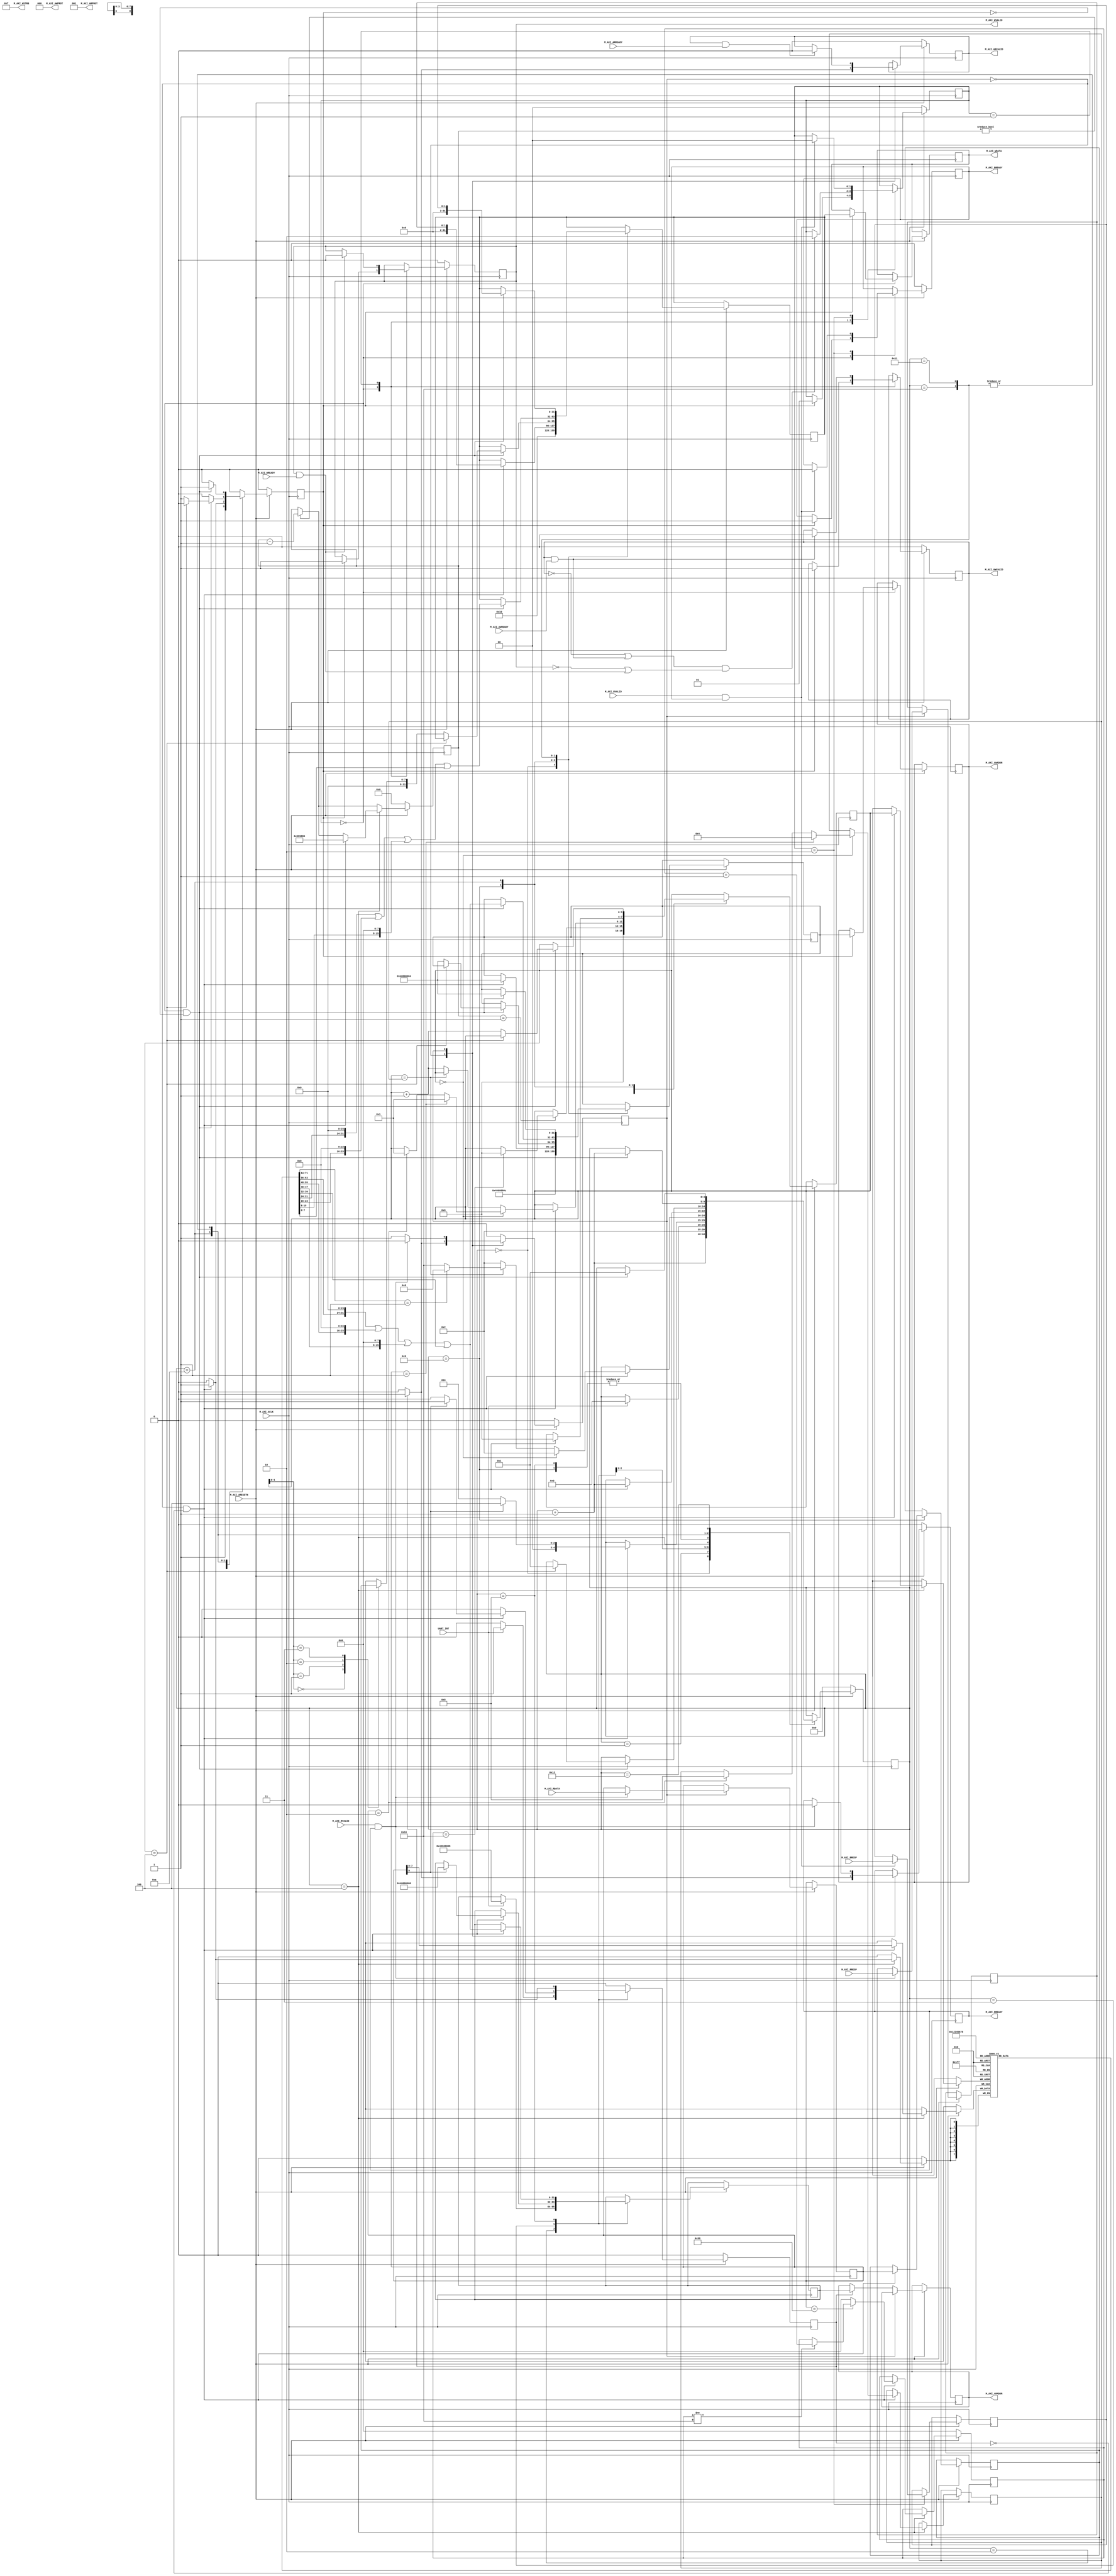
`timescale 1ns / 1ps
//====================================================================================
//                        ------->  Revision History  <------
//====================================================================================
//
//   Date     Who   Ver  Changes
//====================================================================================
// 10-May-22  DWW  1000  Initial creation
//====================================================================================


module uart_axi_if#
(
    parameter integer AXI_DATA_WIDTH = 32,
    parameter integer AXI_ADDR_WIDTH = 32,
    parameter integer UART_BASE      = 32'h4060_0000,
    parameter integer CLOCK_FREQ     = 100000000
)
(
    input wire UART_INT,

    //================ From here down is the AXI4-Lite interface ===============
    input wire  M_AXI_ACLK,
    input wire  M_AXI_ARESETN,
        
    // "Specify write address"              -- Master --    -- Slave --
    output wire [AXI_ADDR_WIDTH-1 : 0]      M_AXI_AWADDR,   
    output wire                             M_AXI_AWVALID,  
    input  wire                                             M_AXI_AWREADY,
    output wire  [2 : 0]                    M_AXI_AWPROT,

    // "Write Data"                         -- Master --    -- Slave --
    output wire [AXI_DATA_WIDTH-1 : 0]      M_AXI_WDATA,      
    output wire                             M_AXI_WVALID,
    output wire [(AXI_DATA_WIDTH/8)-1:0]    M_AXI_WSTRB,
    input  wire                                             M_AXI_WREADY,

    // "Send Write Response"                -- Master --    -- Slave --
    input  wire [1 : 0]                                     M_AXI_BRESP,
    input  wire                                             M_AXI_BVALID,
    output wire                             M_AXI_BREADY,

    // "Specify read address"               -- Master --    -- Slave --
    output wire [AXI_ADDR_WIDTH-1 : 0]      M_AXI_ARADDR,     
    output wire                             M_AXI_ARVALID,
    output wire [2 : 0]                     M_AXI_ARPROT,     
    input  wire                                             M_AXI_ARREADY,

    // "Read data back to master"           -- Master --    -- Slave --
    input  wire [AXI_DATA_WIDTH-1 : 0]                      M_AXI_RDATA,
    input  wire                                             M_AXI_RVALID,
    input  wire [1 : 0]                                     M_AXI_RRESP,
    output wire                             M_AXI_RREADY
    //==========================================================================

);

    localparam AXI_DATA_BYTES = (AXI_DATA_WIDTH/8);

    // Define the handshakes for all 5 AXI channels
    wire B_HANDSHAKE  = M_AXI_BVALID  & M_AXI_BREADY;
    wire R_HANDSHAKE  = M_AXI_RVALID  & M_AXI_RREADY;
    wire W_HANDSHAKE  = M_AXI_WVALID  & M_AXI_WREADY;
    wire AR_HANDSHAKE = M_AXI_ARVALID & M_AXI_ARREADY;
    wire AW_HANDSHAKE = M_AXI_AWVALID & M_AXI_AWREADY;

    //=========================================================================================================
    // FSM logic used for writing to the slave device.
    //
    //  To start:   amci_waddr = Address to write to
    //              amci_wdata = Data to write at that address
    //              amci_write = Pulsed high for one cycle
    //
    //  At end:     Write is complete when "amci_widle" goes high
    //              amci_wresp = AXI_BRESP "write response" signal from slave
    //=========================================================================================================
    reg[1:0]                    write_state = 0;

    // FSM user interface inputs
    reg[AXI_ADDR_WIDTH-1:0]     amci_waddr;
    reg[AXI_DATA_WIDTH-1:0]     amci_wdata;
    reg                         amci_write;

    // FSM user interface outputs
    wire                        amci_widle = (write_state == 0 && amci_write == 0);     
    reg[1:0]                    amci_wresp;

    // AXI registers and outputs
    reg[AXI_ADDR_WIDTH-1:0]     m_axi_awaddr;
    reg[AXI_DATA_WIDTH-1:0]     m_axi_wdata;
    reg                         m_axi_awvalid = 0;
    reg                         m_axi_wvalid = 0;
    reg                         m_axi_bready = 0;

    // Wire up the AXI interface outputs
    assign M_AXI_AWADDR  = m_axi_awaddr;
    assign M_AXI_WDATA   = m_axi_wdata;
    assign M_AXI_AWVALID = m_axi_awvalid;
    assign M_AXI_WVALID  = m_axi_wvalid;
    assign M_AXI_AWPROT  = 3'b000;
    assign M_AXI_WSTRB   = (1 << AXI_DATA_BYTES) - 1; // usually 4'b1111
    assign M_AXI_BREADY  = m_axi_bready;
    //=========================================================================================================
     
    always @(posedge M_AXI_ACLK) begin

        // If we're in RESET mode...
        if (M_AXI_ARESETN == 0) begin
            write_state   <= 0;
            m_axi_awvalid <= 0;
            m_axi_wvalid  <= 0;
            m_axi_bready  <= 0;
        end        
        
        // Otherwise, we're not in RESET and our state machine is running
        else case (write_state)
            
            // Here we're idle, waiting for someone to raise the 'amci_write' flag.  Once that happens,
            // we'll place the user specified address and data onto the AXI bus, along with the flags that
            // indicate that the address and data values are valid
            0:  if (amci_write) begin
                    m_axi_awaddr    <= amci_waddr;  // Place our address onto the bus
                    m_axi_wdata     <= amci_wdata;  // Place our data onto the bus
                    m_axi_awvalid   <= 1;           // Indicate that the address is valid
                    m_axi_wvalid    <= 1;           // Indicate that the data is valid
                    m_axi_bready    <= 1;           // Indicate that we're ready for the slave to respond
                    write_state     <= 1;           // On the next clock cycle, we'll be in the next state
                end
                
           // Here, we're waiting around for the slave to acknowledge our request by asserting M_AXI_AWREADY
           // and M_AXI_WREADY.  Once that happens, we'll de-assert the "valid" lines.  Keep in mind that we
           // don't know what order AWREADY and WREADY will come in, and they could both come at the same
           // time.      
           1:   begin   
                    // Keep track of whether we have seen the slave raise AWREADY or WREADY
                    if (AW_HANDSHAKE) m_axi_awvalid <= 0;
                    if (W_HANDSHAKE ) m_axi_wvalid  <= 0;

                    // If we've seen AWREADY (or if its raised now) and if we've seen WREADY (or if it's raised now)...
                    if ((~m_axi_awvalid || AW_HANDSHAKE) && (~m_axi_wvalid || W_HANDSHAKE)) begin
                        write_state <= 2;
                    end
                end
                
           // Wait around for the slave to assert "M_AXI_BVALID".  When it does, we'll acknowledge
           // it by raising M_AXI_BREADY for one cycle, and go back to idle state
           2:   if (B_HANDSHAKE) begin
                    amci_wresp   <= M_AXI_BRESP;
                    m_axi_bready <= 0;
                    write_state  <= 0;
                end

        endcase
    end
    //=========================================================================================================





    //=========================================================================================================
    // FSM logic used for reading from a slave device.
    //
    //  To start:   amci_raddr = Address to read from
    //              amci_read  = Pulsed high for one cycle
    //
    //  At end:   Read is complete when "amci_ridle" goes high.
    //            amci_rdata = The data that was read
    //            amci_rresp = The AXI "read response" that is used to indicate success or failure
    //=========================================================================================================
    reg                         read_state = 0;

    // FSM user interface inputs
    reg[AXI_ADDR_WIDTH-1:0]     amci_raddr;
    reg                         amci_read;

    // FSM user interface outputs
    reg[AXI_DATA_WIDTH-1:0]     amci_rdata;
    reg[1:0]                    amci_rresp;
    wire                        amci_ridle = (read_state == 0 && amci_read == 0);     

    // AXI registers and outputs
    reg[AXI_ADDR_WIDTH-1:0]     m_axi_araddr;
    reg                         m_axi_arvalid = 0;
    reg                         m_axi_rready;

    // Wire up the AXI interface outputs
    assign M_AXI_ARADDR  = m_axi_araddr;
    assign M_AXI_ARVALID = m_axi_arvalid;
    assign M_AXI_ARPROT  = 3'b001;
    assign M_AXI_RREADY  = m_axi_rready;
    //=========================================================================================================
    always @(posedge M_AXI_ACLK) begin
         
        if (M_AXI_ARESETN == 0) begin
            read_state    <= 0;
            m_axi_arvalid <= 0;
            m_axi_rready  <= 0;
        end else case (read_state)

            // Here we are waiting around for someone to raise "amci_read", which signals us to begin
            // a AXI read at the address specified in "amci_raddr"
            0:  if (amci_read) begin
                    m_axi_araddr  <= amci_raddr;
                    m_axi_arvalid <= 1;
                    m_axi_rready  <= 1;
                    read_state    <= 1;
                end else begin
                    m_axi_arvalid <= 0;
                    m_axi_rready  <= 0;
                    read_state    <= 0;
                end
            
            // Wait around for the slave to raise M_AXI_RVALID, which tells us that M_AXI_RDATA
            // contains the data we requested
            1:  begin
                    if (AR_HANDSHAKE) begin
                        m_axi_arvalid <= 0;
                    end

                    if (R_HANDSHAKE) begin
                        amci_rdata    <= M_AXI_RDATA;
                        amci_rresp    <= M_AXI_RRESP;
                        m_axi_rready  <= 0;
                        read_state    <= 0;
                    end
                end

        endcase
    end
    //=========================================================================================================


    //<><><><><><><><><><><><><><><><><><><><><><><><><><><><><><><><><><><><><><><><><><><><><><><><><><><><><><>
    //<><><><><><><><><><><><><><><><><><><><><><><><><><><><><><><><><><><><><><><><><><><><><><><><><><><><><><>
    // From here down is the logic that manages messages on the UART and instantiates AXI read/write transactions
    //<><><><><><><><><><><><><><><><><><><><><><><><><><><><><><><><><><><><><><><><><><><><><><><><><><><><><><>
    //<><><><><><><><><><><><><><><><><><><><><><><><><><><><><><><><><><><><><><><><><><><><><><><><><><><><><><>
    localparam UART_RX   = UART_BASE + 0;
    localparam UART_TX   = UART_BASE + 4;
    localparam UART_STAT = UART_BASE + 8;
    localparam UART_CTRL = UART_BASE + 12;
    
    localparam UART_INT_ENABLE   = (1 << 4);
    localparam INP_BUFF_SIZE     = 9;
    localparam CMD_READ          = 1;
    localparam CMD_WRITE         = 2;
    localparam RESET_STRETCH_MAX = 16;
    localparam HUNDRED_MSEC      = CLOCK_FREQ / 10;

    localparam S_NEW_COMMAND     = 1;
    localparam S_WAIT_NEXT_CHAR  = 2;
    localparam S_WAIT_FOR_STATUS = 3;
    localparam S_FETCH_BYTE      = 4;
    localparam S_AXI_READ        = 8;
    localparam S_AXI_WRITE       = 16;

    reg[ 4:0] inp_state;                     // Tracks the state of this FSM
    reg[ 3:0] inp_count;                     // The number of bytes stored in inp_buff;
    reg[ 3:0] inp_last_idx;                  // Number of bytes that make up the current command
    reg[ 7:0] inp_buff[0:INP_BUFF_SIZE-1];   // Buffer of bytes rcvd from the UART
    reg[ 7:0] reset_stretch;                 // # of consecutive "X" characters received
    reg[31:0] reset_clk_counter;             // Counts down clock cycles list last byte rcvd from UART
    
    // This holds the data we read during an AXI-Read transaction.   The assign statements
    // are a convenient way to make the bit-packed register byte-addressable
    reg[31:0] read_data;        
    wire[7:0] read_data_char[0:3];
    assign read_data_char[0] = read_data[31:24];
    assign read_data_char[1] = read_data[23:16];
    assign read_data_char[2] = read_data[15: 8];
    assign read_data_char[3] = read_data[ 7: 0];


    always @(posedge M_AXI_ACLK) begin
        amci_write <= 0;
        amci_read  <= 0;

        // Countdown since the last time a character was received
        if (reset_clk_counter) reset_clk_counter <= reset_clk_counter - 1;

        // If the RESET line is active...
        if (M_AXI_ARESETN == 0) begin
            inp_state         <= 0;
            reset_stretch     <= 0;
            reset_clk_counter <= 0;
        end else case(inp_state)
        
        // Enable UART interrupts
        0:  begin
                amci_waddr <= UART_CTRL;
                amci_wdata <= UART_INT_ENABLE;
                amci_write <= 1;
                inp_state  <= inp_state + 1;
            end

        // Initialize variables in expectation of a new command arriving
        S_NEW_COMMAND:
            begin
                inp_count <= 0;
                inp_state <= S_WAIT_NEXT_CHAR;
            end 

        S_WAIT_NEXT_CHAR:
            begin
                // If 100 milliseconds elapses since receiving the last character and the reset_stretch
                // is at max, empty our buffer to prepare for a new incoming command.  This mechanism
                // exists to provide a method to put the input buffer in a known state.
                if (reset_clk_counter == 1) begin
                    if (reset_stretch == RESET_STRETCH_MAX) begin
                        inp_count <= 0;
                    end
                end
                
                if (UART_INT) begin                     // If a UART interrupt has occured...
                    amci_raddr <= UART_STAT;            //   We're going to read the status register
                    amci_read  <= 1;                    //   Initiate that read transaction
                    inp_state  <= S_WAIT_FOR_STATUS;    //   And go wait for the transaction to complete
                end
            end

        S_WAIT_FOR_STATUS:
           if (amci_ridle) begin                    // Wait for the AXI read to complete
                if (amci_rdata[0]) begin            //   If the status registers says we have an RX byte...
                    amci_raddr <= UART_RX;          //     We're going to read the UART RX FIFO
                    amci_read  <= 1;                //     Initiate the AXI read transaction
                    inp_state  <= S_FETCH_BYTE;     //     And go to the next state
                end else begin                      //  Otherwise, we don't have an RX byte waiting
                    inp_state  <= S_WAIT_NEXT_CHAR; //     Go back to waiting for an interrupt      
                end
            end

        S_FETCH_BYTE: 
            if (amci_ridle) begin                           // Wait to receive a byte from the UART
                reset_clk_counter   <= HUNDRED_MSEC;        // Reset the "clocks since char received" 
                inp_buff[inp_count] <= amci_rdata;          // Save the byte we just received
                inp_state           <= S_WAIT_NEXT_CHAR;    // When we're done, we'll go wait for the next character

                // Keep track of how many times in a row we receive "X"
                if (amci_rdata == "X") begin
                    if (reset_stretch != RESET_STRETCH_MAX)
                        reset_stretch <= reset_stretch + 1;
                end else reset_stretch <= 0;

                // If this is the first byte of a new command...
                if (inp_count == 0) begin              
                    if (amci_rdata == CMD_READ) begin
                        inp_last_idx <= 4;
                        inp_count    <= 1;
                    end else if (amci_rdata == CMD_WRITE) begin
                        inp_last_idx <= 8;
                        inp_count    <= 1;
                    end
                end
                
                // Otherwise, if it's the last byte of a command..
                else if (inp_count == inp_last_idx) begin
                    inp_state <= (inp_buff[0] == CMD_READ) ? S_AXI_READ : S_AXI_WRITE;
                end

                // Otherwise, just keep track of how many bytes we've received from the UART
                else begin
                    inp_count <= inp_count + 1;
                end
            end


        // Start the AXI read transaction specified by the user
        S_AXI_READ:
            if (amci_ridle) begin
                amci_raddr <= (inp_buff[1] << 24) | (inp_buff[2] << 16) | (inp_buff[3] << 8) | inp_buff[4];
                amci_read  <= 1;
                inp_state  <= inp_state + 1;
            end

        // Send the AXI read-response byte
        S_AXI_READ+1:
            if (amci_ridle) begin
                read_data  <= amci_rdata;
                amci_waddr <= UART_TX;
                amci_wdata <= amci_rresp;
                amci_write <= 1;
                inp_state  <= inp_state + 1;
                inp_count  <= 0;
            end

        // Send the 4-bytes of read-data, one byte at a time
        S_AXI_READ+2:
            if (amci_widle) begin
                if (inp_count == 4)
                    inp_state  <= S_NEW_COMMAND;
                else begin
                    amci_waddr <= UART_TX;
                    amci_wdata <= read_data_char[inp_count];
                    amci_write <= 1;
                    inp_count  <= inp_count + 1;
                end 
            end

        // Start the AXI write transaction specified by the user
        S_AXI_WRITE:
            if (amci_widle) begin
                amci_waddr <= (inp_buff[1] << 24) | (inp_buff[2] << 16) | (inp_buff[3] << 8) | inp_buff[4];
                amci_wdata <= (inp_buff[5] << 24) | (inp_buff[6] << 16) | (inp_buff[7] << 8) | inp_buff[8];
                amci_write <= 1;
                inp_state  <= inp_state + 1;
            end

        // Wait for that transaction to complete.  When it does, send the write-response to the user
        S_AXI_WRITE+1:
            if (amci_widle) begin
                amci_waddr <= UART_TX;
                amci_wdata <= amci_wresp;
                amci_write <= 1;
                inp_state  <= inp_state + 1;
            end

        // When the write-response has finished sending, go wait for a new command to arrive on the UART
        S_AXI_WRITE+2:
            if (amci_widle) inp_state <= S_NEW_COMMAND;

        endcase
    
    end




endmodule